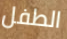
الطفل